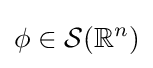
\phi \in {\mathcal {S}}(\mathbb {R} ^{n})